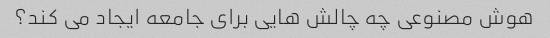
هوش مصنوعی چه چالش هایی برای جامعه ایجاد می کند؟